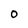
Character: 0